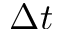
\Delta t